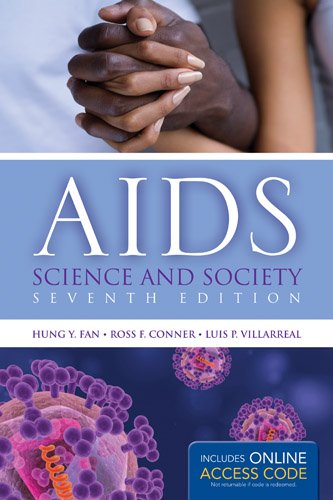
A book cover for AIDS: Science And Society (AIDS (Jones and Bartlett)); Hung Y. Fan; Medical Books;